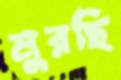
মুরছি